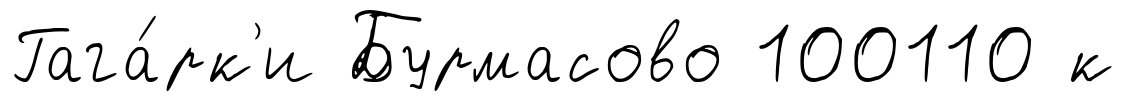
Гага́рк'и Бурмасово 100110 к